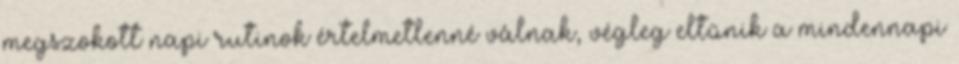
megszokott napi rutinok értelmetlenné válnak, végleg eltűnik a mindennapi